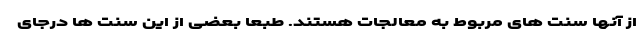
از آنها سنت های مربوط به معالجات هستند. طبعا بعضی از این سنت ها درجای